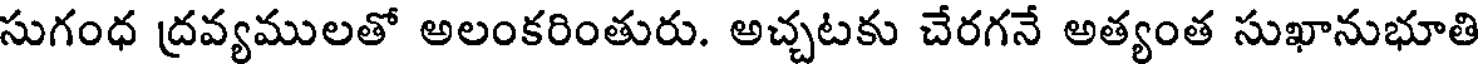
సుగంధ ద్రవ్యములతో అలంకరింతురు. అచ్చటకు చేరగనే అత్యంత సుఖానుభూతి